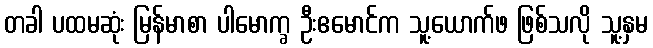
တခါ ပထမဆုံး မြန်မာစာ ပါမောက္ခ ဦးဧမောင်က သူ့ယောက်ဖ ဖြစ်သလို သူ့နှမ